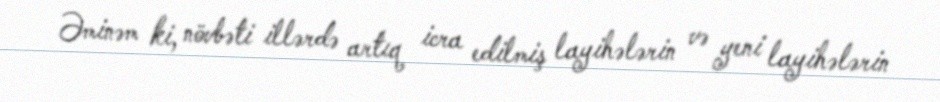
Əminəm ki, növbəti illərdə artıq icra edilmiş layihələrin və yeni layihələrin